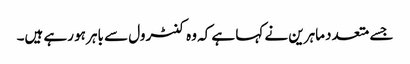
جسے متعدد ماہرین نے کہا ہے کہ وہ کنٹرول سے باہر ہو رہے ہیں۔